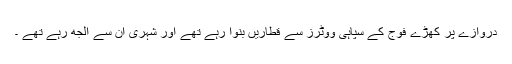
دروازے پر کھڑے فوج کے سپاہی ووٹرز سے قطاریں بنوا رہے تھے اور شہری ان سے الجھ رہے تھے ۔